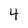
Character: 4